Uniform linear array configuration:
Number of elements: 48
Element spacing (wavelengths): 0.5
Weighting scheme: uniform
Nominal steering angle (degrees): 45
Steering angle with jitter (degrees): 45.219
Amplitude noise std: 0.05
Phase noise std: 0.05

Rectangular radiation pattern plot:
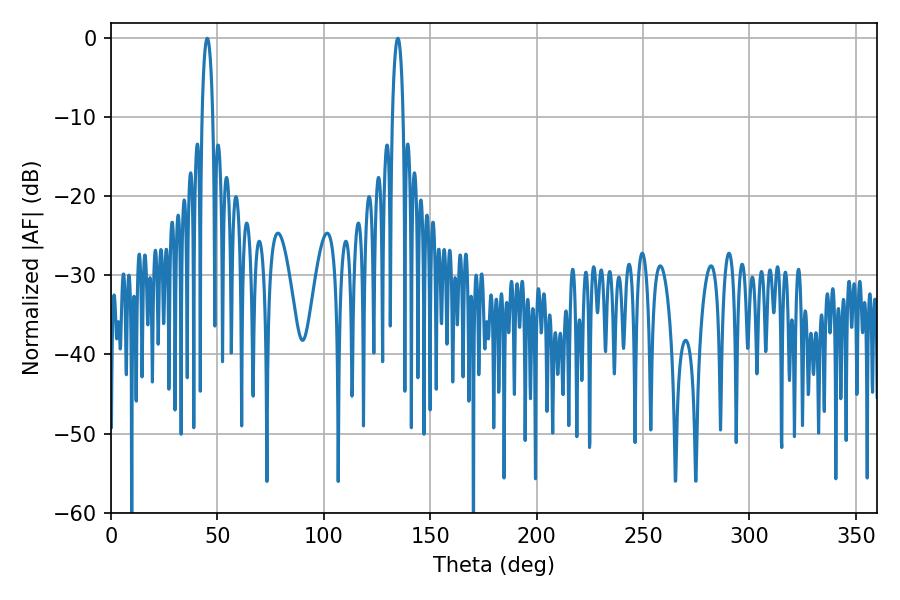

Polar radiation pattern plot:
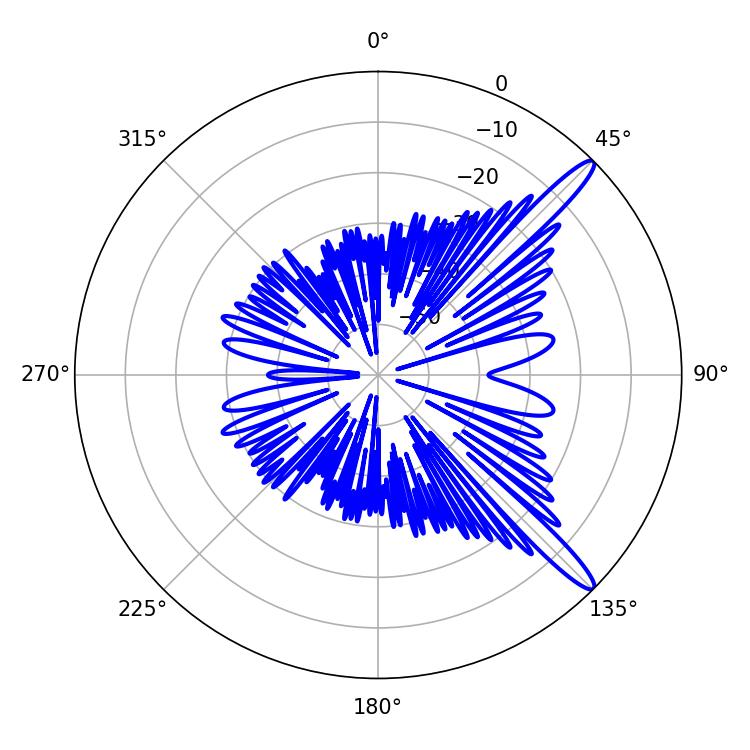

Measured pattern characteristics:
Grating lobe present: FALSE
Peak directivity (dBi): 13.804
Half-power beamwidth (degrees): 2.7
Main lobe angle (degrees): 45.18